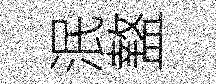
泯盩